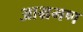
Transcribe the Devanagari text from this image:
आभ्रमण